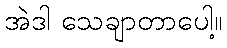
အဲဒါ သေချာတာပေါ့။